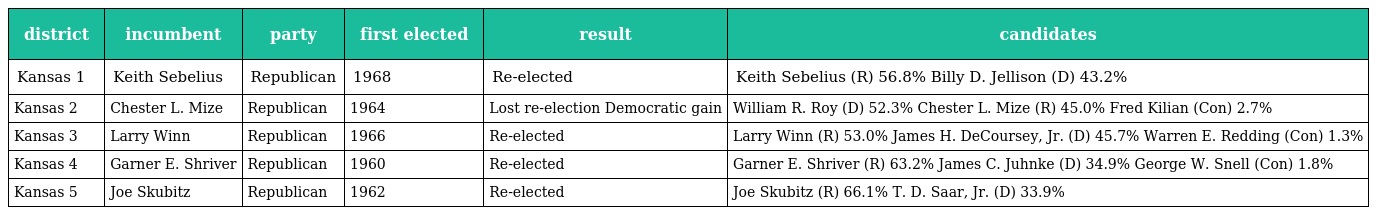
| district | incumbent | party | first elected | result | candidates |
 | --- | --- | --- | --- | --- | --- |
 | Kansas 1 | Keith Sebelius | Republican | 1968 | Re-elected | Keith Sebelius (R) 56.8% Billy D. Jellison (D) 43.2% |
 | Kansas 2 | Chester L. Mize | Republican | 1964 | Lost re-election Democratic gain | William R. Roy (D) 52.3% Chester L. Mize (R) 45.0% Fred Kilian (Con) 2.7% |
 | Kansas 3 | Larry Winn | Republican | 1966 | Re-elected | Larry Winn (R) 53.0% James H. DeCoursey, Jr. (D) 45.7% Warren E. Redding (Con) 1.3% |
 | Kansas 4 | Garner E. Shriver | Republican | 1960 | Re-elected | Garner E. Shriver (R) 63.2% James C. Juhnke (D) 34.9% George W. Snell (Con) 1.8% |
 | Kansas 5 | Joe Skubitz | Republican | 1962 | Re-elected | Joe Skubitz (R) 66.1% T. D. Saar, Jr. (D) 33.9% |